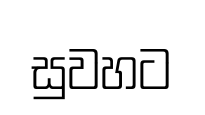
සුවහට